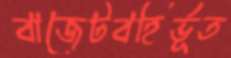
বাজেটবহির্ভূত